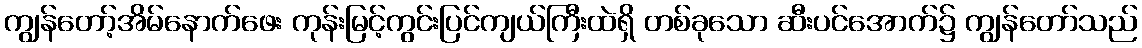
ကျွန်တော့်အိမ်နောက်ဖေး ကုန်းမြင့်ကွင်းပြင်ကျယ်ကြီးထဲရှိ တစ်ခုသော ဆီးပင်အောက်၌ ကျွန်တော်သည်